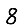
Digit: 8